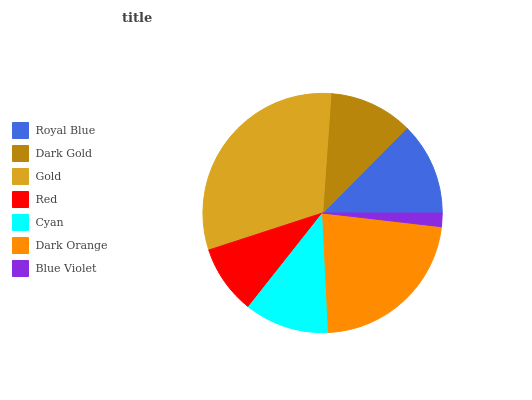
| Royal Blue | Dark Gold | Gold | Red | Cyan | Dark Orange | Blue Violet |
 | --- | --- | --- | --- | --- | --- | --- |
 | 12.5% | 11.3% | 31.2% | 9.35% | 11.4% | 22.4% | 1.83% |